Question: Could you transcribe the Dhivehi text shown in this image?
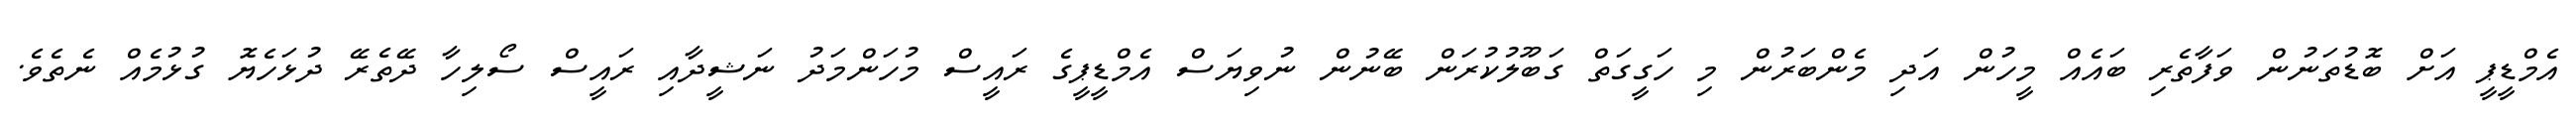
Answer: އެމްޑީޕީ އަށް ބޮޑުތަނުން ވަފާތެރި ބައެއް މީހުން އަދި މެންބަރުން މި ހަގީގަތް ގަބޫލުކުރަން ބޭނުން ނުވިޔަސް އެމްޑީޕީގެ ރައީސް މުހަންމަދު ނަޝީދާއި ރައީސް ސޯލިހާ ދޭތެރޭ ދުޅަހެޔޮ ގުޅުމެއް ނެތެވެ.